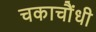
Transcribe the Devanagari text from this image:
चकाचौंधी